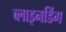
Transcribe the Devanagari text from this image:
ब्लाइनडिंग